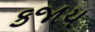
કજાય